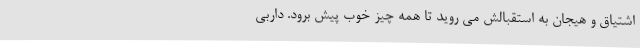
اشتیاق و هیجان به استقبالش می روید تا همه چیز خوب پیش برود. داربی